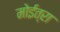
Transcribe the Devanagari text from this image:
मोईत्रा